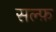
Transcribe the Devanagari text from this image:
सल्फ़